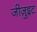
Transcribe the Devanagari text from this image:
जीजु़इट